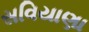
સવિયાણા